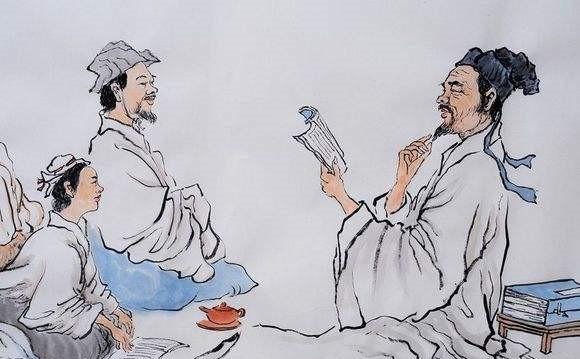
短绠不可以汲深井之泉，知不几者不可与及圣人之言。